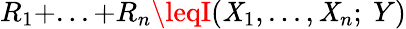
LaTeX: R_{1}+...+R_{n}\leqI(\mathit{X}_{1},...,\mathit{X}_{n};~Y)